Tezpur Lunatic Asylum reports 1895-1904 - 1895-1904
Year: 1895
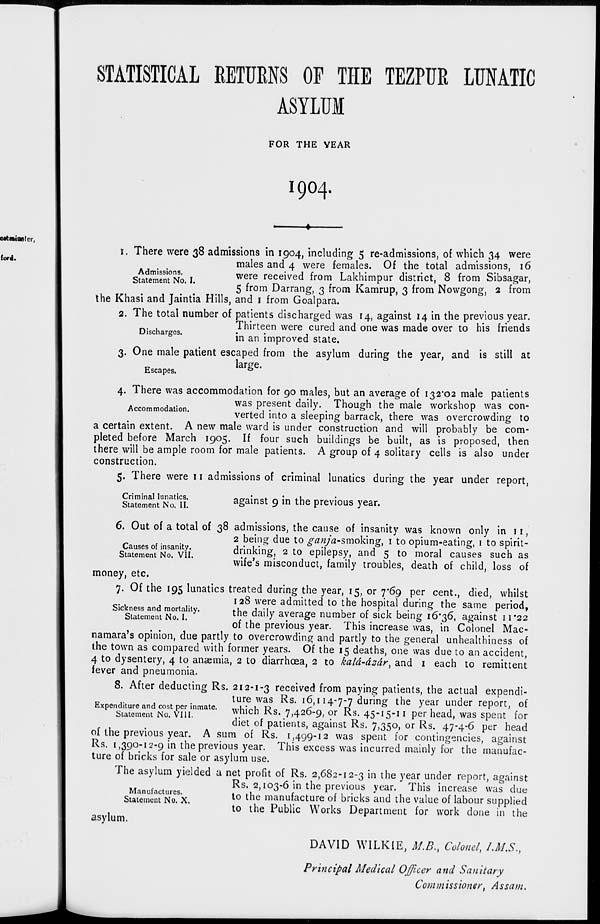
STATISTICAL RETURNS OF THE TEZPUR LUNATIC
ASYLUM
FOR THE YEAR
1904.
i. There were 38 admissions in 1904, including 5 re-admissions, of which 34 were
males and 4 were females. Of the total admissions, 16
sftement°No I
were receive^ from Lakhimpur district, 8 from Sibsagar,
5 from Darrang, 3 from Kamrup, 3 from Nowgong, 2 from
the Khasi and Jaintia Hills, and 1 from Goalpara.
2. The total number of patients discharged was 14, against 14 in the previous year.
Thirteen were cured and one was made over to his friends
Discharges.
•
•
j „. .
b
in an improved state.
3. One male patient escaped from the asylum during the year, and is still at
large.
Escapes.
°
4. There was accommodation for 90 males, but an average of 132*02 male patients
was present daily. Though the male workshop was con-
Accommodation,
verted into a sleeping barrack, there was overcrowding to
a certain extent. A new male ward is under construction and will probably be com-
pleted before March 1905. If four such buildings be built, as is proposed, then
there will be ample room for male patients. A group of 4 solitary cells is also under
construction.
5. There were 11 admissions of criminal lunatics during the year under report,
Criminal lunatics.
Statement No. II.
against 9 in the previous year.
6. Out of a total of 38 admissions, the cause of insanity was known only in n,
2 being due to ganj'a-smokmg, 1 to opium-eating, 1 to spirit-
Statement No^VU
drinking, 2 to epilepsy, and 5 to moral causes such as
wife's misconduct, family troubles, death of child, loss of
money, etc.
7. Of the 195 lunatics treated during the year, 15, or 7*69 per cent., died, whilst
128 were admitted to the hospital during the same period,
SlC s"atemen d t NcTf lty '
'^e daily average number of sick being 16*36, against 11*22
of the previous year. This increase was, in Colonel Mac-
namara's opinion, due partly to overcrowding and partly to the general unheahhiness of
the town as compared with former years. Of the 15 deaths, one was due to an accident,
4 to dysentery, 4 to anaemia, 2 to diarrhoea, 2 to kald-dsdr, and 1 each to remittent
fever and pneumonia.
8. After deducting Rs. 212-1-3 received from paying patients, the actual expendi-
ture was Rs. 16,114-7-7 during the year under report, of
^^l^^t^r^' whIch Rs - .7.426-9, or Rs. 45-15.11 per head, was spent for
diet of patients, against Rs. 7,350, or Rs. 47-4-6 per head
of the previous year. A sum of Rs. 1,499-12 was spent for contingencies, against
Rs. 1,390-12-9 in the previous year. This excess was incurred mainly for the manufac-
ture of bricks for sale or asylum use.
The asylum yielded a net profit of Rs. 2,682-12-3 in the year under report, against
Rs. 2,103-6 in the previous year. This increase was due
StafemeutNTx.
to tne manufacture of bricks and the value of labour supplied
to the Public Works Department for work done in the
asylum.
DAVID WILKIE, MB., Colonel, I.M.S.,
Principal Medical Officer and Sanitary
Commissioner, Assam.